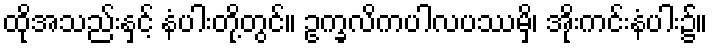
ထိုအသည်းနှင့် နံပါးတို့တွင်။ ဥက္ခလိကပါလပဿမှိ၊ အိုးကင်းနံပါး၌။